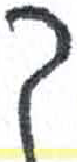
אות: ך